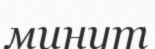
минут